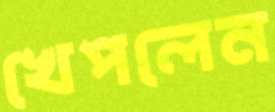
খেপলেন